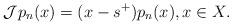
LaTeX: \begin{align*}\mathcal{J}p_n(x)=(x-s^{+})p_n(x),x\in X.\end{align*}